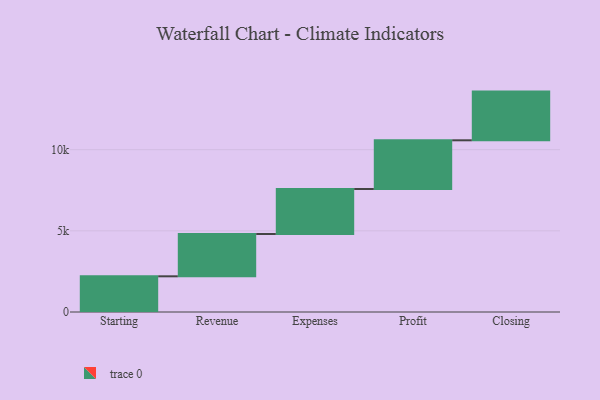
{"axis": {"x": "Step", "y": "Value"}, "legend": [""], "data": [{"x": "Starting", "y": 2199.0, "type": ""}, {"x": "Revenue", "y": 2605.0, "type": ""}, {"x": "Expenses", "y": 2774.0, "type": ""}, {"x": "Profit", "y": 3000, "type": ""}, {"x": "Closing", "y": 3000, "type": ""}]}